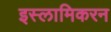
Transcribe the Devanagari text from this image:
इस्लामिकरन